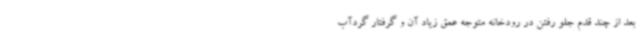
بعد از چند قدم جلو رفتن در رودخانه متوجه عمق زیاد آن و گرفتار گردآب